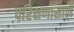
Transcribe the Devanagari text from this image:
परिक्षणासाठी